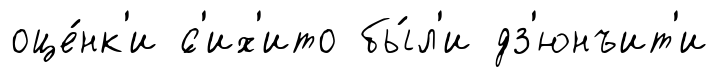
оце́нк'и ́с'их'ито бы́л'и дз'юнъит'и